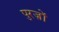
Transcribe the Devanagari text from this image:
पुरज़ों